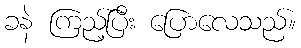
ခနဲ ကြည့်ပြီး ပြောလေသည်။